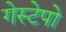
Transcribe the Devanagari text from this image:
गेस्टेपो